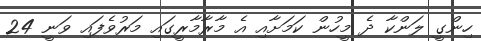
ހިންގީ ލަންކާ ދެ މީހުން ކަމަށާއި އެ މާރާމާރީގައި މަރުވެފައި ވަނީ 24